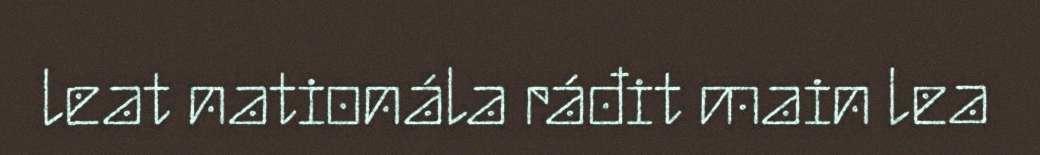
leat nationála ráđit main lea